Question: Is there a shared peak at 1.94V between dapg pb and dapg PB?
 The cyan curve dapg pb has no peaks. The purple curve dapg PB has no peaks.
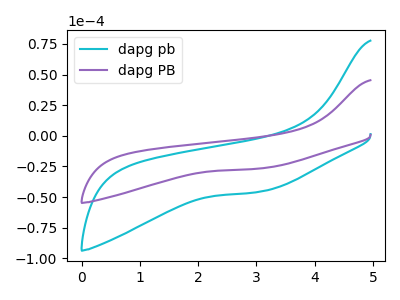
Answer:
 <answer>No, "dapg pb" and "dapg PB" dont share a peak at 1.94V.</answer>
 <eval>mismatch</eval>